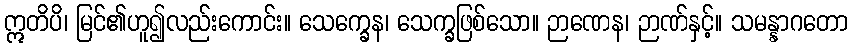
ဣတိပိ၊ မြင်၏ဟူ၍လည်းကောင်း။ သေက္ခေန၊ သေက္ခဖြစ်သော။ ဉာဏေန၊ ဉာဏ်နှင့်။ သမန္နာဂတော